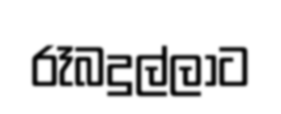
රෑබදුල්ලාට